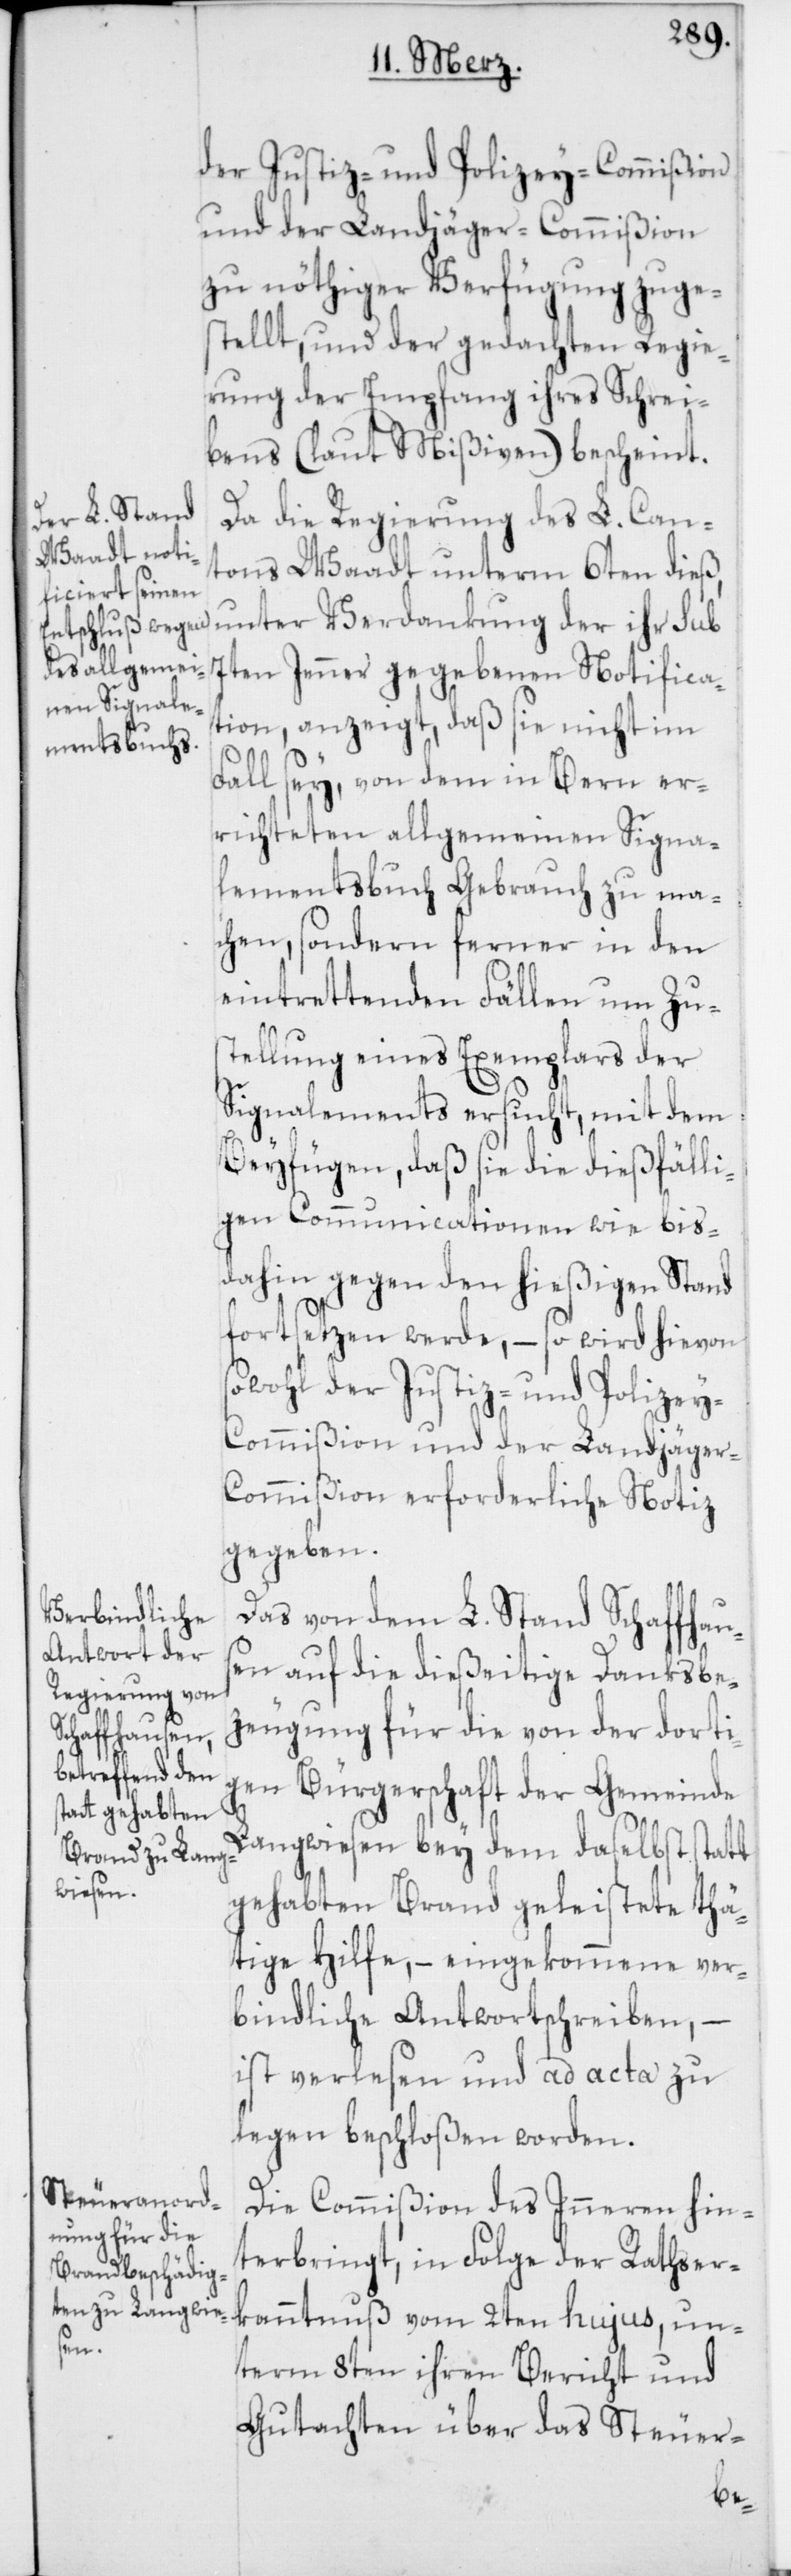
der Justiz- und Polizey-Commißion
und der Landjäger-Commißion
zu nöthiger Verfügung zuge¬
stellt, und der gedachten Regie¬
rung der Empfang ihres Schrei¬
bens (laut Mißiven) bescheint.
Da die Regierung des L. Can¬
tons Waadt unterm 6ten dieß,
der ihr sub 7ten Jenner gegebenen Notifica¬
tion, anzeigt, daß sie nicht im
Fall sey, von dem in Bern er¬
richteten allgemeinen Signa¬
lementsbuch Gebrauch zu ma¬
chen, sondern ferner in den
eintrettenden Fällen um Zu¬
stellung eines Exemplars der
Signalements ersucht, mit dem
Beyfügen, daß sie die dießfälli¬
gen Communicationen wie bis
dahin gegen den hießigen Stand
fortsetzen werde, – so wird hievon
sowohl der Justiz- und Polize¬
y-Commißion und der Landjäger-C¬
ommißion erforderliche Notiz
gegeben.
Das von dem L. Stand Schaffhau¬
sen auf die dießeitige Danksbe¬
zeugung für die von der dorti¬
gen Bürgerschaft der Gemeinde
Langwiesen bey dem daselbst statt
gehabten Brand geleistete thä¬
tige Hilfe, – eingekommene ver¬
bindliche Antwortschreiben, –
ist verlesen und ad acta zu
legen beschloßen worden.
Die Commißion des Inneren hin¬
terbringt, in Folge der Rathser¬
kanntnuß vom 2ten hujus, un¬
term 8ten ihren Bericht und
Gutachten über das Steuer-